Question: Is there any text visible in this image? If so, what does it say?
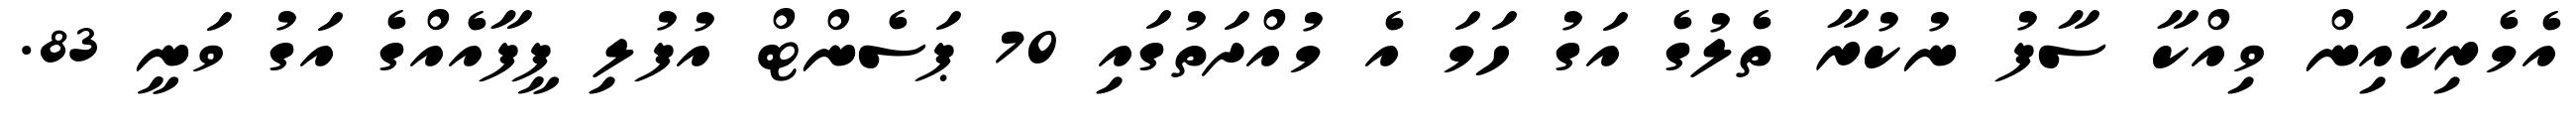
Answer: އެމެރިކާއިން ވިއްކާ ސާފު ނުކުރާ ތެލުގެ އަގު ހަމަ އެ މުއްދަތުގައި 70 ޕަސެންޓް އުފުލި ފީފާއެއްގެ އަގު ވަނީ 83.